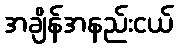
အချိန်အနည်းငယ်